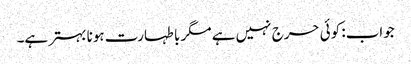
جواب: کوئی حرج نہیں ہے مگر با طہارت ہونا بہتر ہے۔